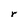
Character: r